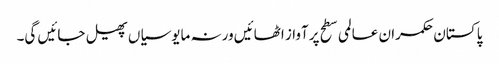
پا کستان حکمران عالمی سطح پرآواز اٹھائیں ورنہ مایوسیاں پھیل جائیں گی۔